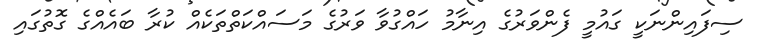
ސިފައިންނަކީ ގައުމީ ފެންވަރުގެ އިނާމު ހައްގުވާ ވަރުގެ މަސައްކަތްތަކެއް ކުރާ ބައެއްގެ ގޮތުގައި